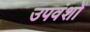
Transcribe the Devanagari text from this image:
उपवंशों